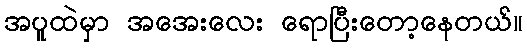
အပူထဲမှာ အအေးလေး ရောပြီးတော့နေတယ်။